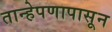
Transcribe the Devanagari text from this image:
तान्हेपणापासून